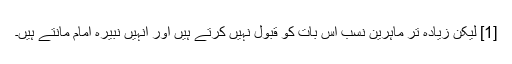
[1] لیکن زیادہ تر ماہرین نسب اس بات کو قبول نہیں کرتے ہیں اور انہیں نبیرہ امام مانتے ہیں۔